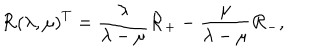
{ \cal R } \left( \lambda , \mu \right) ^ { T } = \frac \lambda { \lambda - \mu } { \cal R } _ { + } - \frac \mu { \lambda - \mu } { \cal R } _ { - } ,